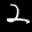
Label: 2